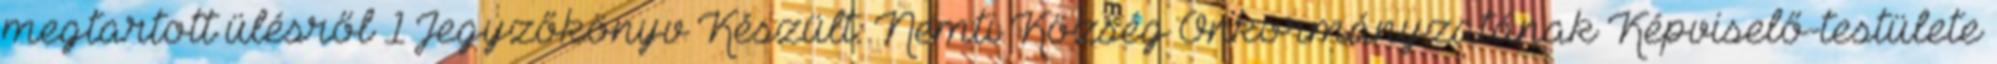
megtartott ülésről 1 Jegyzőkönyv Készült: Nemti Község Önkormányzatának Képviselő-testülete